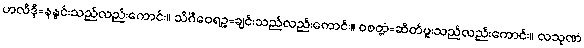
ဟလိဒ္ဒိ=နနွင်းသည်လည်းကောင်း။ သိင်္ဂီဝေရဉ္စ=ချင်းသည်လည်းကောင်း။ ဝစတ္တံ=ဆိတ်ဖူးသည်လည်းကောင်း။ လသုဏံ